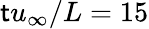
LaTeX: \mathsf{t}u_{\infty}/L=15